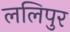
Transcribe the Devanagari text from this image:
ललिपुर